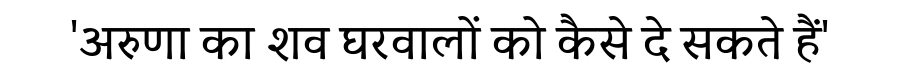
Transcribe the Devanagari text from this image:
'अरुणा का शव घरवालों को कैसे दे सकते हैं'